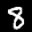
Label: 8